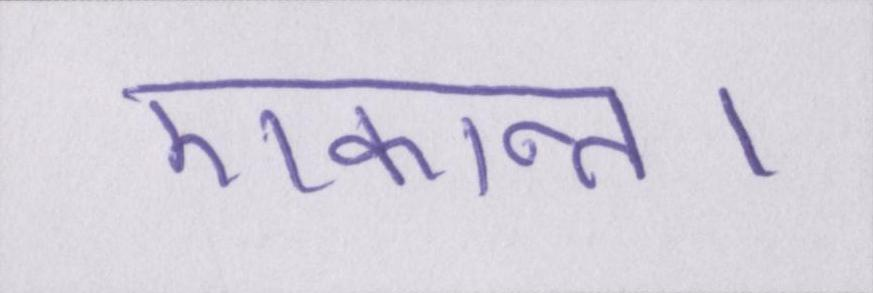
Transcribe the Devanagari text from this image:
एकान्त।